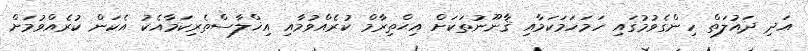
އަދި ދައުލަތް ހިންގެވުމުގައި ހަމަހަމަކަމާއި ޤާނޫނުތަކަށް އިޙްތިރާމް ކުރެއްވުމާއި އިޚްލާސްތެރިކަމާއެކު އެކަން ކުރެއްވުމަށް